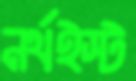
নর্থইস্ট